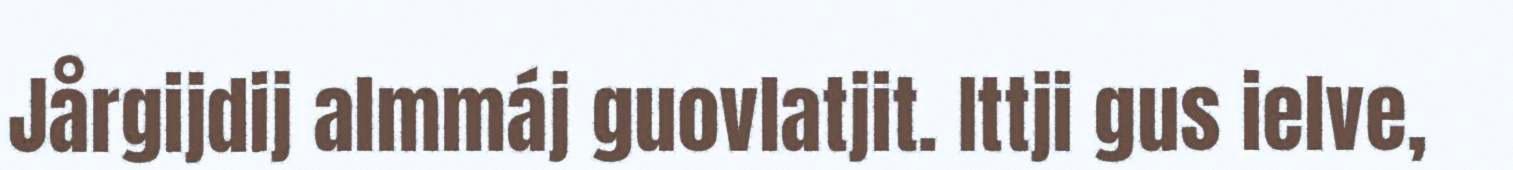
Jårgijdij almmáj guovlatjit. Ittji gus ielve,